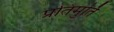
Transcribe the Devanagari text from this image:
प्रतिमुर्ति